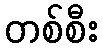
တစ်စီး